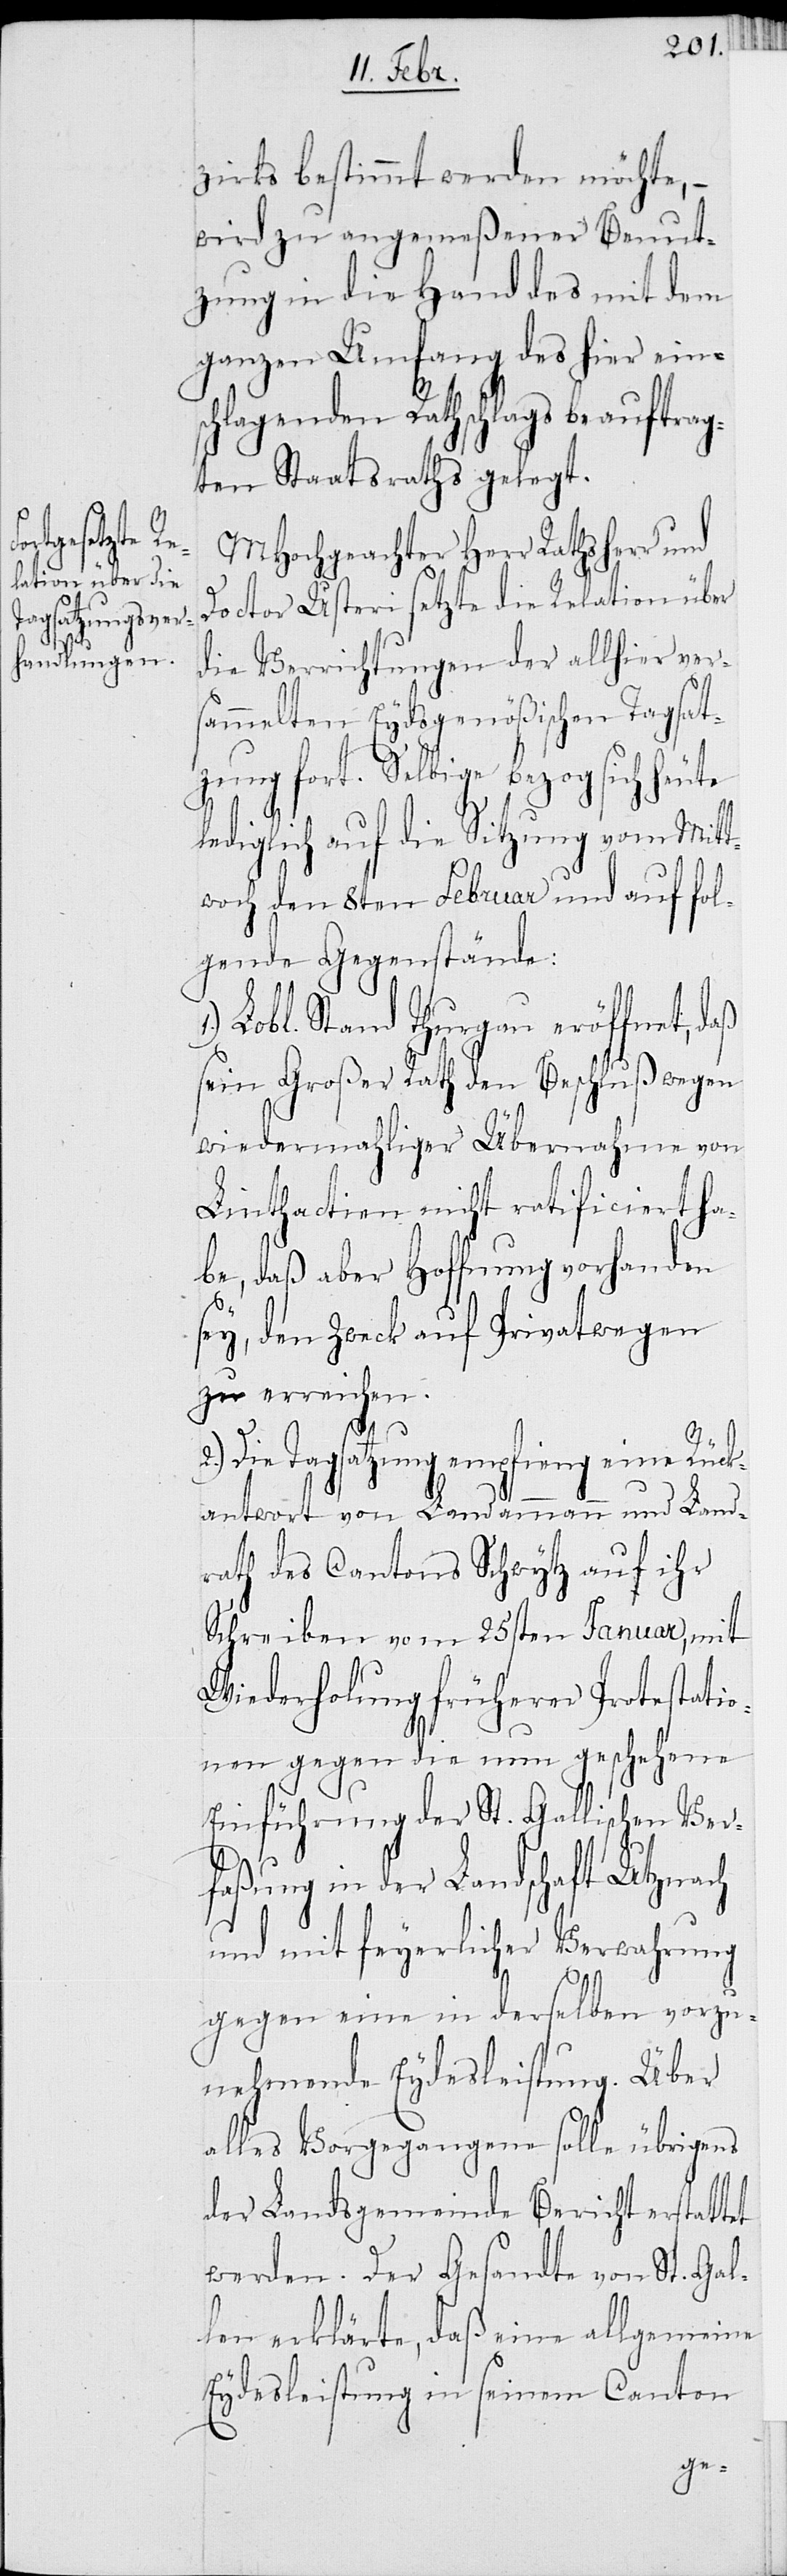
zirks bestimmt werden möchte, –
wird zu angemeßener Benut¬
zung in die Hand des mit dem
ganzen Umfang des hier eins¬
chlagenden Rathschlags beauftrag¬
ten Staatsraths gelegt.
MHochgeachter Herr Rathsherr und
Doctor Usteri setzte die Relation über
die Verrichtung der allhier vers¬
ammelten Eydsgenößischen Tagsat¬
zung fort. Selbige bezog sich heute
lediglich auf die Sitzung vom Mitt¬
woch den 8ten Februar und auf fol¬
gende Gegenstände:
Lobl. Stand Thurgau eröffnet, daß
sein Großer Rath den Beschluß wegen
wiedermahliger Übernahme von
Linthactien nicht ratificiert ha¬
be, daß aber Hoffnung vorhanden
sey, den Zweck auf Privatwegen
zu erreichen.
Die Tagsatzung empfieng eine Rück¬
antwort von Landammann und Land¬
rath des Cantons Schwytz auf ihr
Schreiben vom 25sten Januar, mit
Wiederholung früherer Protestatio¬
nen gegen die nun geschehene
Einführung der St. Gallischen Ver¬
faßung in der Landschaft Utznach,
und mit feyerlicher Verwahrung
gegen eine in derselben vorzu¬
nehmende Eydesleistung. Über
alles Vorgegangene solle übrigens
der Landsgemeinde Bericht erstattet
werden. Der Gesandte von St. Gal¬
len erklärte, daß eine allgemeine
Eydesleistung in seinem Canton

2.)